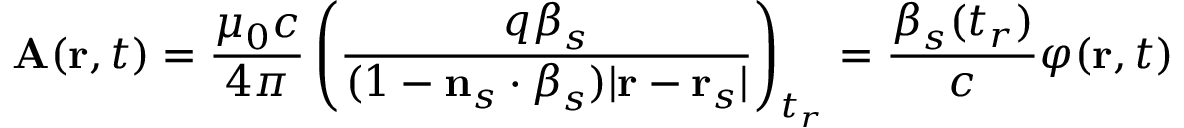
\mathbf { A } ( \mathbf { r } , t ) = { \frac { \mu _ { 0 } c } { 4 \pi } } \left( { \frac { q { \boldsymbol { \beta } } _ { s } } { ( 1 - \mathbf { n } _ { s } \cdot { \boldsymbol { \beta } } _ { s } ) | \mathbf { r } - \mathbf { r } _ { s } | } } \right) _ { t _ { r } } = { \frac { { \boldsymbol { \beta } } _ { s } ( t _ { r } ) } { c } } \varphi ( \mathbf { r } , t )